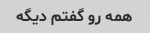
همه رو گفتم دیگه